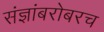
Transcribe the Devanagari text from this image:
संज्ञांबरोबरच